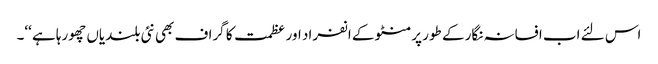
اس لئے اب افسانہ نگار کے طور پر منٹو کے انفراد اور عظمت کا گراف بھی نئی بلندیاں چھورہا ہے ‘‘۔